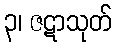
၃၊ ဇဋာသုတ်